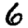
Digit: 6